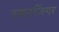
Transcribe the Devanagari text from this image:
स्करज़िंगर